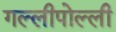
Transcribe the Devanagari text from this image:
गल्लीपोल्ली